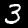
Digit: 3